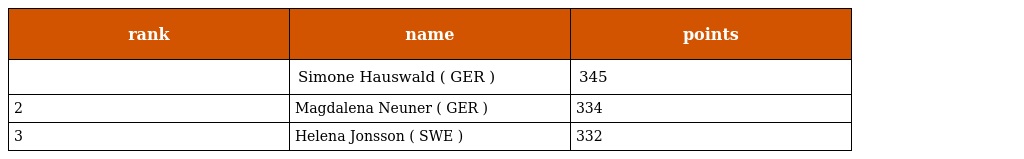
| rank | name | points |
 | --- | --- | --- |
 |  | Simone Hauswald ( GER ) | 345 |
 | 2 | Magdalena Neuner ( GER ) | 334 |
 | 3 | Helena Jonsson ( SWE ) | 332 |